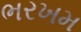
ભરખમ